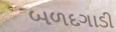
બળદગાડી